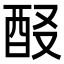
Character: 𨠈